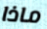
ماذا